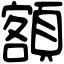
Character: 額